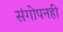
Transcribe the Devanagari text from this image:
संगोपनही